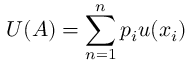
U ( A ) = \sum _ { n = 1 } ^ { n } p _ { i } u ( x _ { i } )